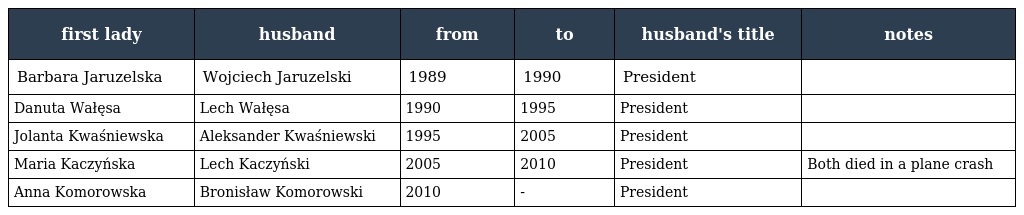
| first lady | husband | from | to | husband's title | notes |
 | --- | --- | --- | --- | --- | --- |
 | Barbara Jaruzelska | Wojciech Jaruzelski | 1989 | 1990 | President |  |
 | Danuta Wałęsa | Lech Wałęsa | 1990 | 1995 | President |  |
 | Jolanta Kwaśniewska | Aleksander Kwaśniewski | 1995 | 2005 | President |  |
 | Maria Kaczyńska | Lech Kaczyński | 2005 | 2010 | President | Both died in a plane crash |
 | Anna Komorowska | Bronisław Komorowski | 2010 | - | President |  |